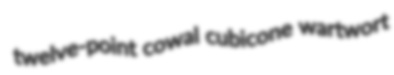
twelve-point cowal cubicone wartwort